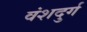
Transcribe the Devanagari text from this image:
वंशदुर्ग